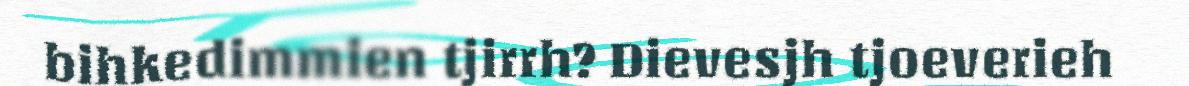
bihkedimmien tjirrh? Dievesjh tjoeverieh